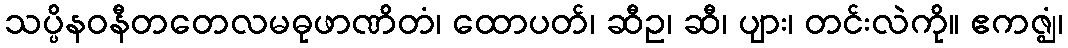
သပ္ပိနဝနီတတေလမဓုဖာဏိတံ၊ ထောပတ်၊ ဆီဥ၊ ဆီ၊ ပျား၊ တင်းလဲကို။ ဧကဇ္ဈံ၊